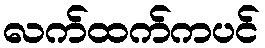
လက်ထက်ကပင်